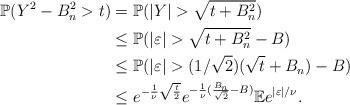
LaTeX: \begin{align*}\mathbb{P}(Y^2- B_n^2 > t ) & = \mathbb{P}(|Y| > \sqrt{t+ B_n^2}) \\& \leq \mathbb{P}(|\varepsilon| > \sqrt{t+ B_n^2} - B) \\& \leq \mathbb{P}(|\varepsilon| > (1/\sqrt{2})(\sqrt{t}+B_n) - B) \\& \leq e^{-\frac{1}{\nu}\sqrt{\frac{t}{2}}}e^{-\frac{1}{\nu }(\frac{B_n}{\sqrt{2}}-B)}\mathbb{E}e^{|\varepsilon|/\nu}.\end{align*}